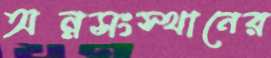
অন্নসংস্থানের